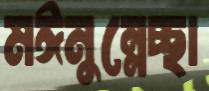
মঈনুন্নেচ্ছা